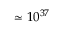
\simeq 1 0 ^ { 3 7 }